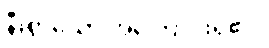
နီးစွာသော အကြောင်းရှိ၏။